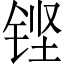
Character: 铿